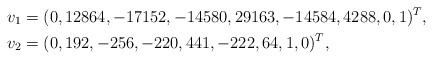
LaTeX: \begin{align*}v_1 &= (0, 12864, -17152, -14580, 29163, -14584, 4288, 0, 1)^T,\\v_2 &= (0, 192, -256, -220, 441, -222, 64, 1, 0)^T,\end{align*}